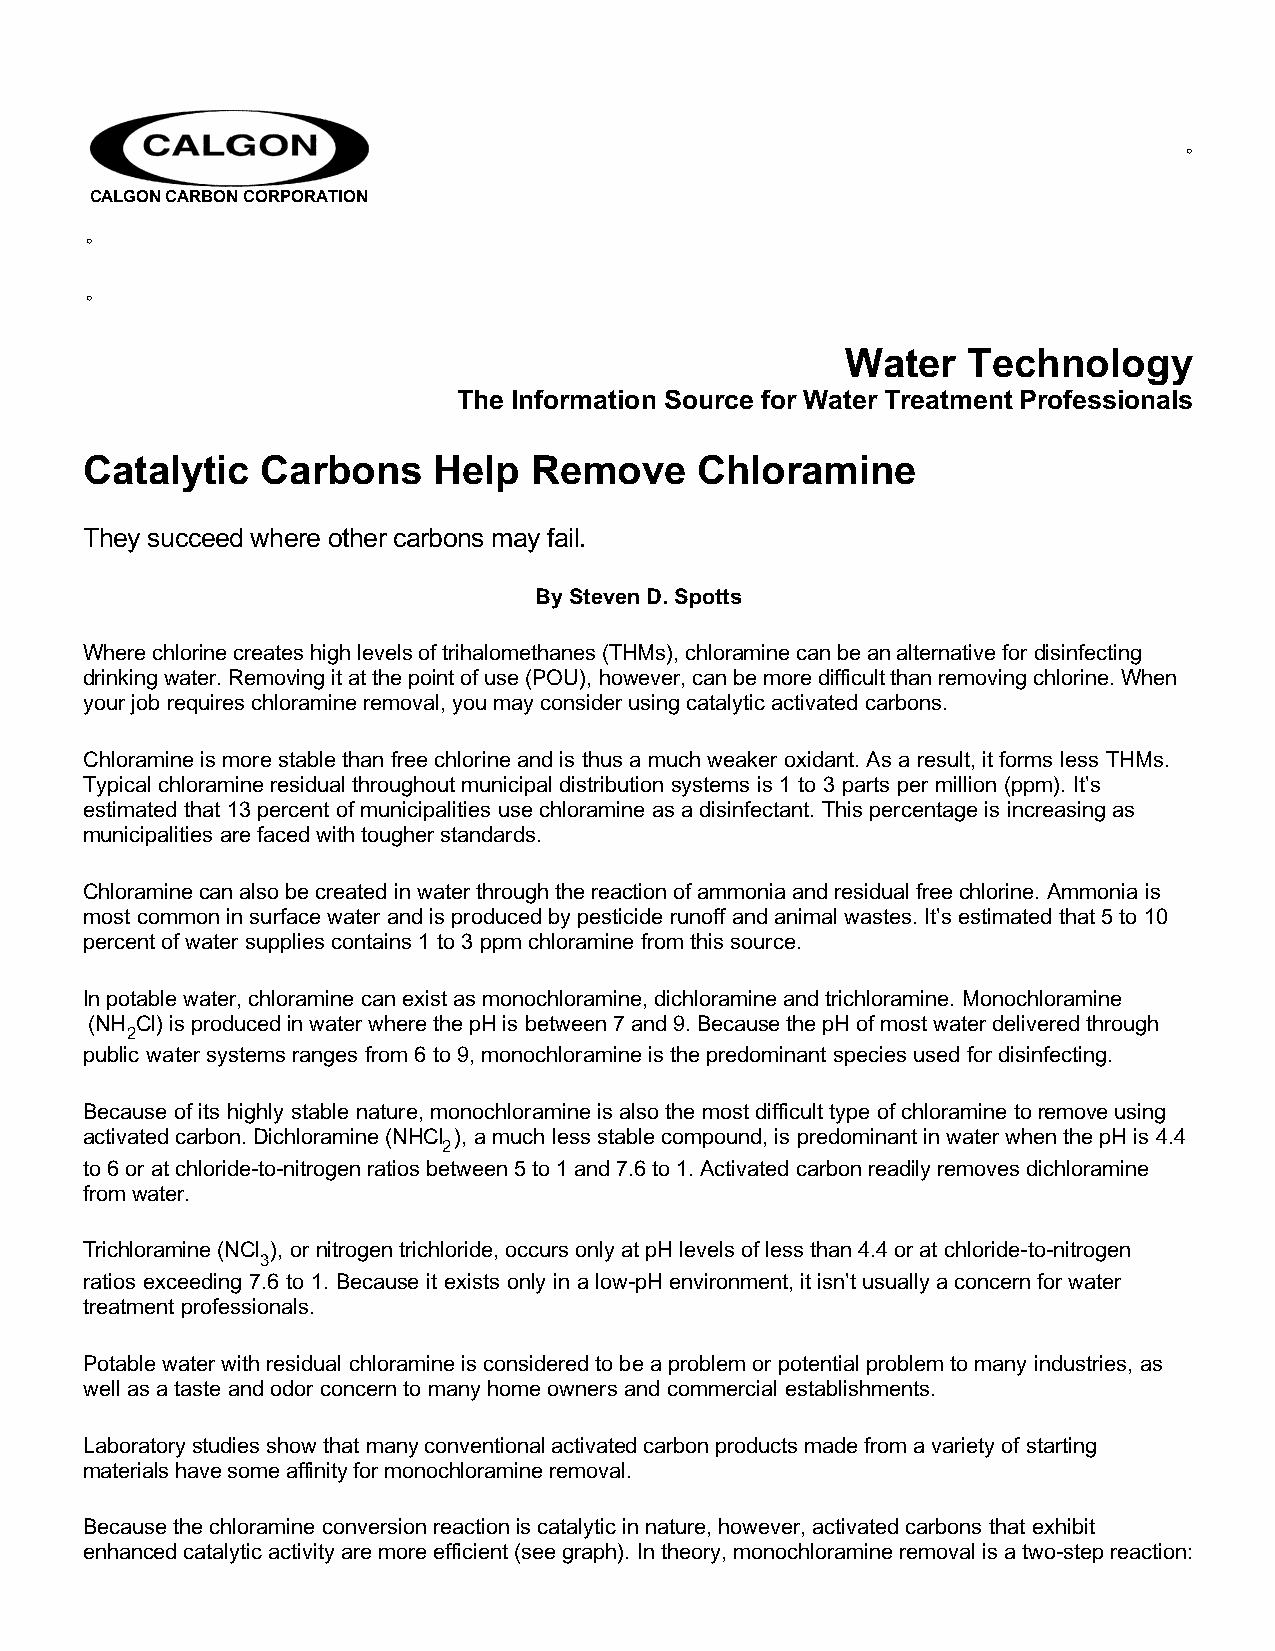
˚
 CALGON CARBON CORPORATION
 ˚
 ˚
 Water   Technology
 The Information Source for Water Treatment Professionals
 Catalytic  Carbons     Help  Remove     Chloramine
 They succeed where other carbons may fail.
 By Steven D. Spotts
 Where chlorine creates high levels of trihalomethanes (THMs), chloramine can be an alternative for disinfecting
 drinking water. Removing it at the point of use (POU), however, can be more difficult than removing chlorine. When
 your job requires chloramine removal, you may consider using catalytic activated carbons.
 Chloramine is more stable than free chlorine and is thus a much weaker oxidant. As a result, it forms less THMs.
 Typical chloramine residual throughout municipal distribution systems is 1 to 3 parts per million (ppm). It’s
 estimated that 13 percent of municipalities use chloramine as a disinfectant. This percentage is increasing as
 municipalities are faced with tougher standards.
 Chloramine can also be created in water through the reaction of ammonia and residual free chlorine. Ammonia is
 most common in surface water and is produced by pesticide runoff and animal wastes. It’s estimated that 5 to 10
 percent of water supplies contains 1 to 3 ppm chloramine from this source.
 In potable water, chloramine can exist as monochloramine, dichloramine and trichloramine. Monochloramine
 (NH Cl) is produced in water where the pH is between 7 and 9. Because the pH of most water delivered through
 2
 public water systems ranges from 6 to 9, monochloramine is the predominant species used for disinfecting.
 Because of its highly stable nature, monochloramine is also the most difficult type of chloramine to remove using
 activated carbon. Dichloramine (NHCl ), a much less stable compound, is predominant in water when the pH is 4.4
 2
 to 6 or at chloride-to-nitrogen ratios between 5 to 1 and 7.6 to 1. Activated carbon readily removes dichloramine
 from water.
 Trichloramine (NCl ), or nitrogen trichloride, occurs only at pH levels of less than 4.4 or at chloride-to-nitrogen
 3
 ratios exceeding 7.6 to 1. Because it exists only in a low-pH environment, it isn’t usually a concern for water
 treatment professionals.
 Potable water with residual chloramine is considered to be a problem or potential problem to many industries, as
 well as a taste and odor concern to many home owners and commercial establishments.
 Laboratory studies show that many conventional activated carbon products made from a variety of starting
 materials have some affinity for monochloramine removal.
 Because the chloramine conversion reaction is catalytic in nature, however, activated carbons that exhibit
 enhanced catalytic activity are more efficient (see graph). In theory, monochloramine removal is a two-step reaction: